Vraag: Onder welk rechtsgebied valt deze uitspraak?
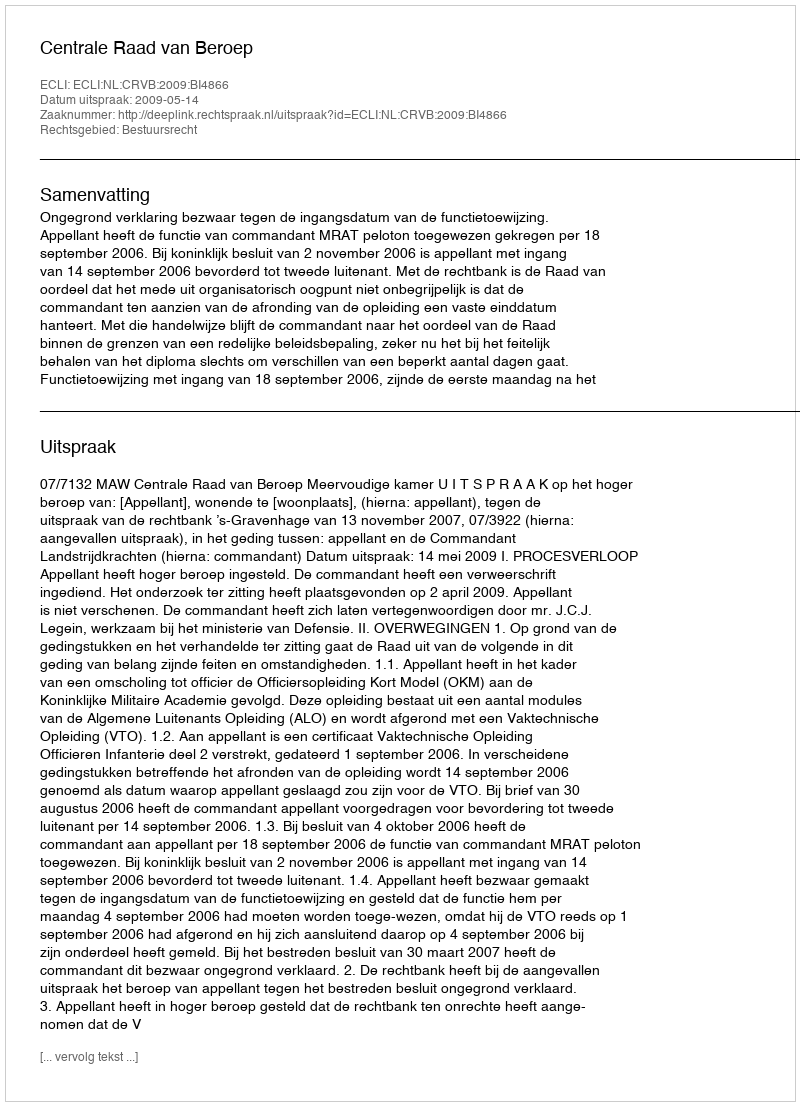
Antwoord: Bestuursrecht